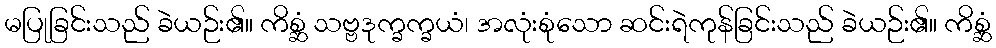
မပြုခြင်းသည် ခဲယဉ်း၏။ ကိစ္ဆံ သဗ္ဗဒုက္ခက္ခယံ၊ အလုံးစုံသော ဆင်းရဲကုန်ခြင်းသည် ခဲယဉ်း၏။ ကိစ္ဆံ